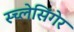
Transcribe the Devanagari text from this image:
स्च्लेसिंगेर